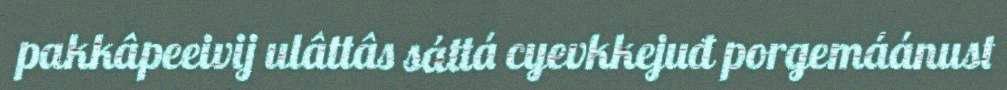
pakkâpeeivij ulâttâs sáttá cyevkkejuđ porgemáánust